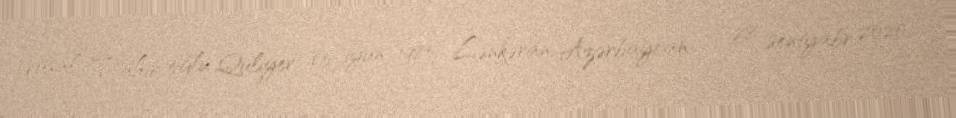
Vüsal Tahir oğlu Quliyev (5 iyun 1985; Lənkəran, Azərbaycan — 28 sentyabr 2020;